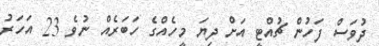
ދުވަސް ފަހުން ޗުއްޓީ އަށް ދިޔަ މީހެއްގެ ހަބަރެއް ނުވެ 23 އަހަރު